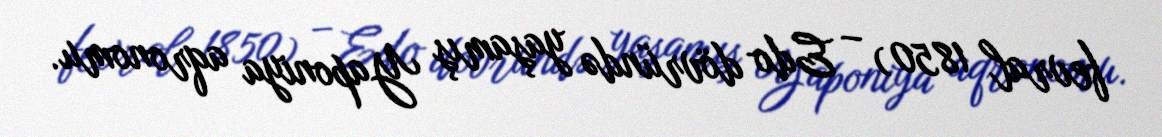
fevral 1850) – Edo dövründə yaşamış Yaponiya aqronomu.